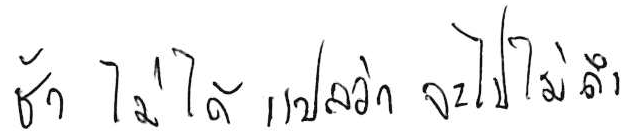
ช้า ไม่ได้แปลว่า จะไปไม่ถึง